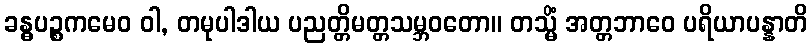
ခန္ဓပဉ္စကမေဝ ဝါ, တမုပါဒါယ ပညတ္တိမတ္တသမ္ဘဝတော။ တသ္မိံ အတ္တဘာဝေ ပရိယာပန္နာတိ